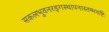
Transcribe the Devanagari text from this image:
सकलभुवनरङ्गस्थापनास्तम्भयष्टिः